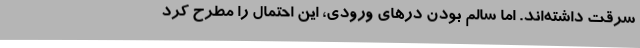
سرقت داشته‌اند. اما سالم بودن در‌های ورودی، این احتمال را مطرح کرد